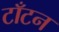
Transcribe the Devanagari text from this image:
टाँटन